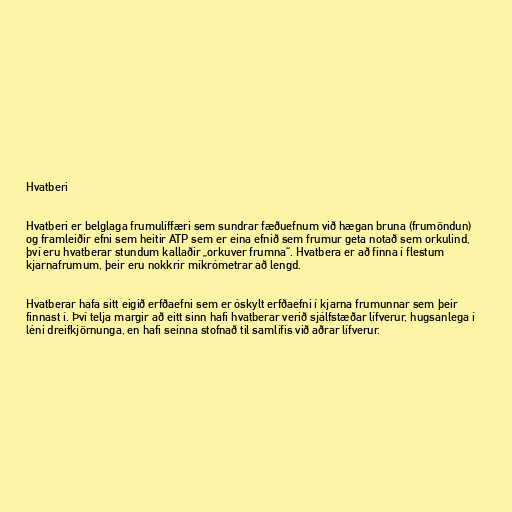
Hvatberi

Hvatberi er belglaga frumulíffæri sem sundrar fæðuefnum við hægan bruna (frumöndun)
og framleiðir efni sem heitir ATP sem er eina efnið sem frumur geta notað sem orkulind,
því eru hvatberar stundum kallaðir „orkuver frumna“. Hvatbera er að finna í flestum
kjarnafrumum, þeir eru nokkrir míkrómetrar að lengd.

Hvatberar hafa sitt eigið erfðaefni sem er óskylt erfðaefni í kjarna frumunnar sem þeir
finnast í. Því telja margir að eitt sinn hafi hvatberar verið sjálfstæðar lífverur, hugsanlega í
léni dreifkjörnunga, en hafi seinna stofnað til samlífis við aðrar lífverur.